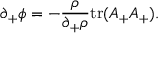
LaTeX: \partial _ { + } \phi = - { \frac { \rho } { \partial _ { + } \rho } } \mathrm { t r } ( A _ { + } A _ { + } ) .